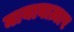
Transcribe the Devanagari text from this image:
मायाबाज़ार